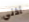
أذني